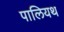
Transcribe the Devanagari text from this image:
पालियथ